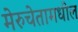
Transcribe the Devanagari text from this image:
मेरुचेतामधील